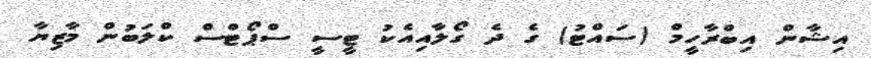
އިޝާން އިބްރާހީމް (ސައްޓު) ގެ ދެ ގޯލާއިއެކު ޓީސީ ސްޕޯޓްސް ކްލަބުން މާޒިޔާ